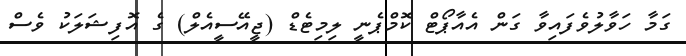
ގަމާ ހަވާލުވެފައިވާ ގަން އެއާޕޯޓް ކޮމްޕެނީ ލިމިޓެޑް (ޖީއޭސީއެލް) ގެ އޮފިޝަލަކު ވެސް